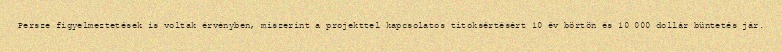
Persze figyelmeztetések is voltak érvényben, miszerint a projekttel kapcsolatos titoksértésért 10 év börtön és 10 000 dollár büntetés jár.